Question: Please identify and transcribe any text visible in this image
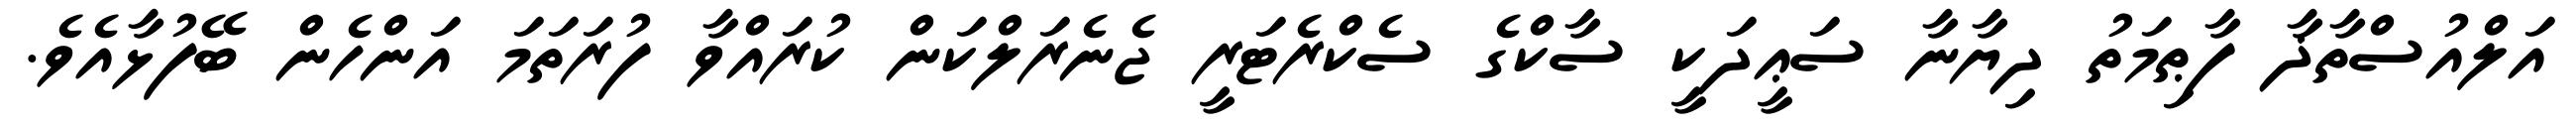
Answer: އަލްއުސްތާޛާ ފާޠިމަތު ދިޔާނާ ސަޢީދަކީ ސާކްގެ ސެކްރެޓަރީ ޖެނެރަލްކަން ކުރައްވާ ފުރަތަމަ އަންހެން ބޭފުޅާއެވެ.